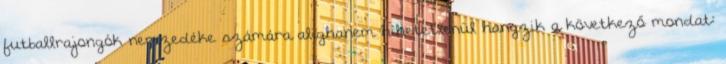
futballrajongók nemzedéke számára alighanem hihetetlenül hangzik a következő mondat: